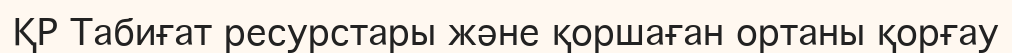
ҚР Табиғат ресурстары және қоршаған ортаны қорғау